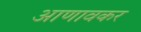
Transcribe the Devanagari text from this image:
आणावकर